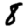
Digit: 8